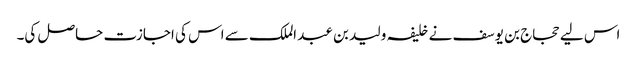
اس لیے حجاج بن یوسف نے خلیفہ ولید بن عبد الملک سے اس کی اجازت حاصل کی۔